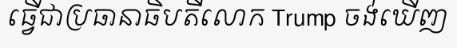
ធ្វើជាប្រធានាធិបតីលោក Trump ចង់ឃើញ